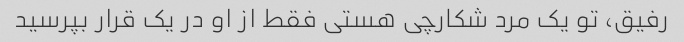
رفیق، تو یک مرد شکارچی هستی فقط از او در یک قرار بپرسید